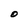
Character: O